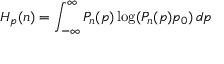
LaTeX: H _ { p } ( n ) = \int _ { - \infty } ^ { \infty } P _ { n } ( p ) \log ( P _ { n } ( p ) p _ { 0 } ) \, d p